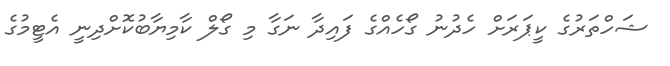
ޝަހްތަރުގެ ކީޕަރަށް ހެދުނު ގޯހެއްގެ ފައިދާ ނަގާ މި ގޯލް ކާމިޔާބުކޮށްދިނީ އެޓީމުގެ